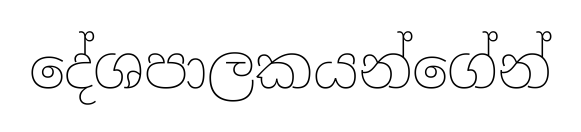
දේශපාලකයන්ගේන්